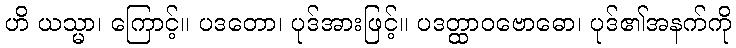
ဟိ ယသ္မာ၊ ကြောင့်။ ပဒတော၊ ပုဒ်အားဖြင့်။ ပဒတ္ထာဝဗောဓော၊ ပုဒ်၏အနက်ကို